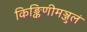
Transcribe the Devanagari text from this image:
किङ्किणीमञ्जुलं